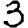
Digit: 3